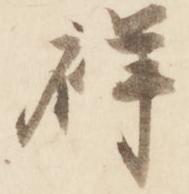
祥